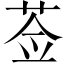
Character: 莶